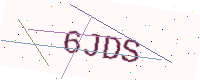
Text: 6JDS